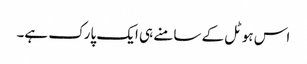
اس ہوٹل کے سامنے ہی ایک پارک ہے۔